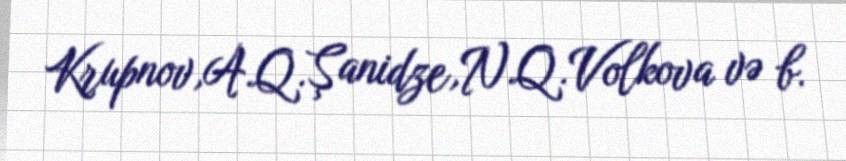
Krupnov,A.Q.Şanidze,N.Q.Volkova və b.